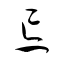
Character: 忘